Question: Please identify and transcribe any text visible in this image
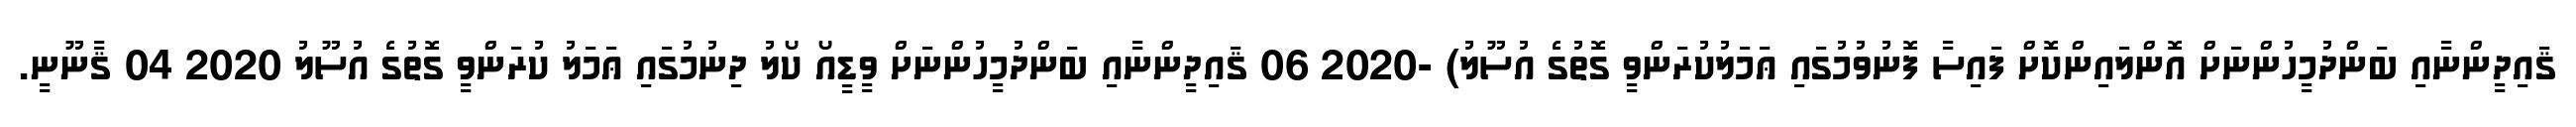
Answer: ޤައިދީންނާއި ބަންދުމީހުންނަށް އޮންލައިންކޮށް ފައިސާ ފޮނުވުމުގައި ޢަމަލުކުރަންވީ ގޮތުގެ އުސޫލު) -2020 06 ޤައިދީންނާއި ބަންދުމީހުންނަށް ވީޑީއޯ ކޯލު ދިނުމުގައި ޢަމަލު ކުރަންވީ ގޮތުގެ އުސޫލު 2020 04 ޤާނޫނީ.